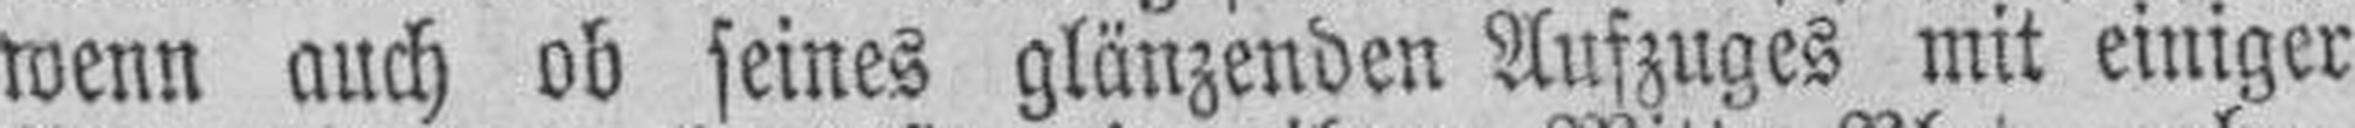
wenn auch ob seines glänzenden Auszuges mit einiger